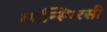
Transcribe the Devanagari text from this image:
कॉन्स्पिरसी